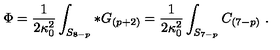
\Phi = { \frac { 1 } { 2 \kappa _ { 0 } ^ { 2 } } } \int _ { S _ { 8 - p } } * G _ { ( p + 2 ) } = { \frac { 1 } { 2 \kappa _ { 0 } ^ { 2 } } } \int _ { S _ { 7 - p } } C _ { ( 7 - p ) } \ .